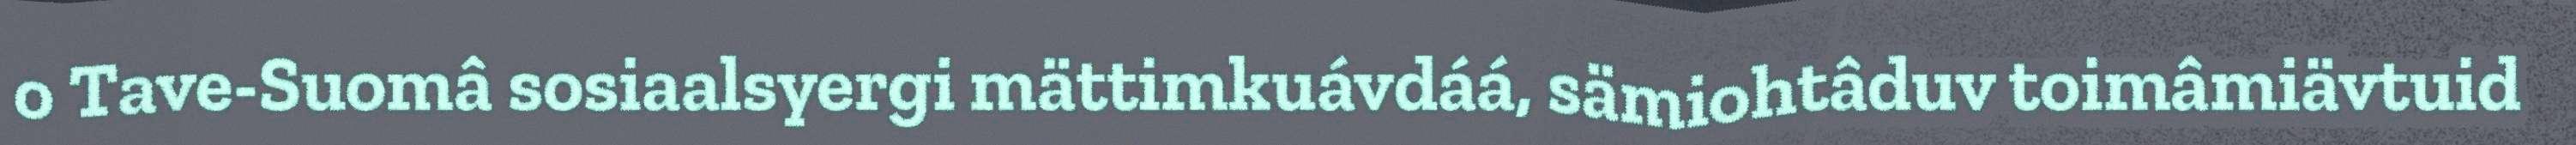
o Tave-Suomâ sosiaalsyergi mättimkuávdáá, sämiohtâduv toimâmiävtuid